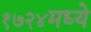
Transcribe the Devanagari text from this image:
१७२४मध्ये